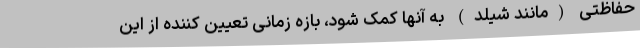
حفاظتی (مانند شیلد) به آنها کمک شود، بازه زمانی تعیین کننده از این